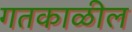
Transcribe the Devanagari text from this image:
गतकाळील